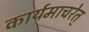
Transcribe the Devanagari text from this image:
कार्यमाचरेत्